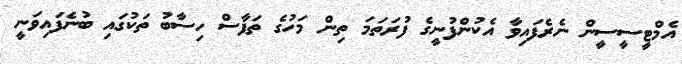
އެމްޓީސީސީން ނެރެފައިވާ އެކުންފުނީގެ ފުރަތަމަ ތިން މަހުގެ ތަފާސް ހިސާބު ތަކުގައި ބުނެފައިވަނީ